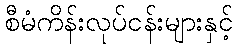
စီမံကိန်းလုပ်ငန်းများနှင့်